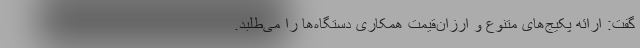
گفت: ارائه پکیج‌های‌ متنوع و ارزان‌قیمت همکاری دستگاه‌ها را می‌طلبد.